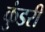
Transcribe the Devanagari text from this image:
कुंडरी